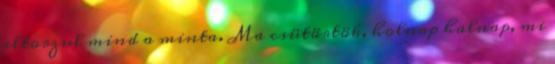
eltorzul mind a minta. Ma csütörtök, holnap halnap, mi